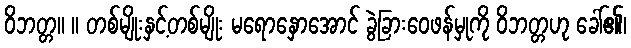
ဝိဘတ္တ။ ။ တစ်မျိုးနှင့်တစ်မျိုး မရောနှောအောင် ခွဲခြားဝေဖန်မှုကို ဝိဘတ္တဟု ခေါ်၏၊